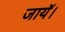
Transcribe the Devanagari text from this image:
जायॅ।